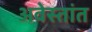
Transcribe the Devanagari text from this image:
अवेस्तांत